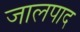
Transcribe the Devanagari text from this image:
जालपाद